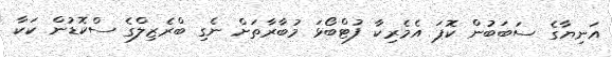
އަނިޔާގެ ސަބަބުން ކޮޕަ އެމެރިކާ ފުޓްބޯޅަ މުބާރާތަށް ނެގި ބްރެޒިލްގެ ސްކޮޑުން ކަކާ